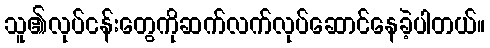
သူ၏လုပ်ငန်းတွေကိုဆက်လက်လုပ်ဆောင်နေခဲ့ပါတယ်။